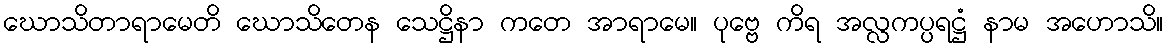
ဃောသိတာရာမေတိ ဃောသိတေန သေဋ္ဌိနာ ကတေ အာရာမေ။ ပုဗ္ဗေ ကိရ အလ္လကပ္ပရဋ္ဌံ နာမ အဟောသိ။